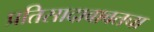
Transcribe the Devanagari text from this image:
प्रतिसादाबाबतचा